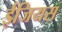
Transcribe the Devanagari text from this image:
ईजियस